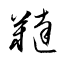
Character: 韃